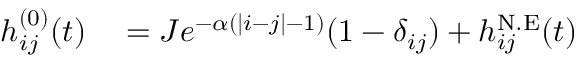
\begin{array} { r l } { h _ { i j } ^ { ( 0 ) } ( t ) } & { { } = J e ^ { - \alpha ( | i - j | - 1 ) } ( 1 - \delta _ { i j } ) + h _ { i j } ^ { \mathrm { N . E } } ( t ) } \end{array}